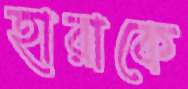
হারাকে